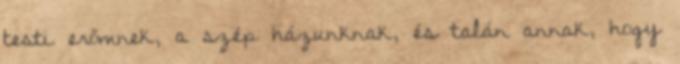
testi erőmnek, a szép házunknak, és talán annak, hogy